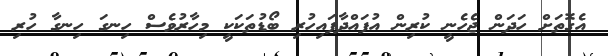
އެގޮތަށް ހަދަން ޖެހެނީ ކުރިން އުފައްދާފައިހުރި ބޯޑުތަކަކީ މިހާރުވެސް ހިނގަ ހިނގާ ހުރި